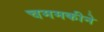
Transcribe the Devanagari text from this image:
चममकीने